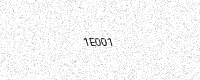
Text: 1E001